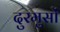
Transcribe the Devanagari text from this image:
दुरमुसों